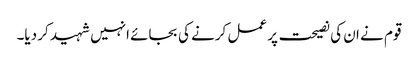
قوم نے ان کی نصیحت پر عمل کرنے کی بجائے انہیں شہید کر دیا۔